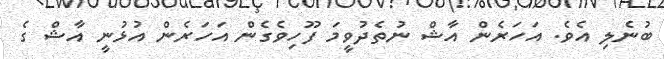
ބުނެލި އެވެ. އަހަރެން އާޝް ނުތެދުވީމަ ފޫހިވެގެން އަހަރެން އުޅުނީ އާޝް ގެ